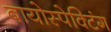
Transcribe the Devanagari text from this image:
बायोस्पेक्‍टिंग